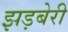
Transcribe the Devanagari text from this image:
झड़बेरी